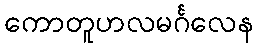
ကောတူဟလမင်္ဂလေန